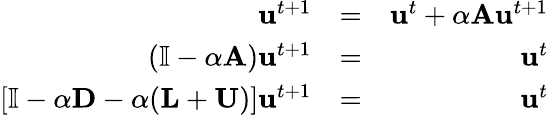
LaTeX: \begin{array}{rlr}{\mathbf{u}^{t+1}}&{=}&{\mathbf{u}^{t}+\alpha\mathbf{A}\mathbf{u}^{t+1}}\\ {\left(\mathbb{I}-\alpha\mathbf{A}\right)\mathbf{u}^{t+1}}&{=}&{\mathbf{u}^{t}}\\ {\left[\mathbb{I}-\alpha\mathbf{D}-\alpha(\mathbf{L}+\mathbf{U})\right]\mathbf{u}^{t+1}}&{=}&{\mathbf{u}^{t}}\end{array}